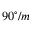
9 0 ^ { \circ } / m